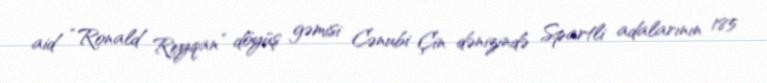
aid “Ronald Reyqan” döyüş gəmisi Cənubi Çin dənizində Spartli adalarının 185